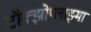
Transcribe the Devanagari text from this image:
टॉक्झोप्लाझ्मा